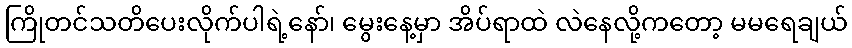
ကြိုတင်သတိပေးလိုက်ပါရဲ့နော်၊ မွေးနေ့မှာ အိပ်ရာထဲ လဲနေလို့ကတော့ မမရေချယ်